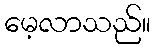
မေ့လာသည်။